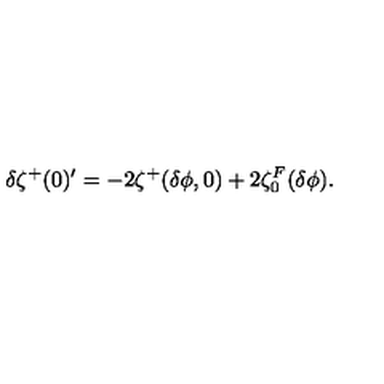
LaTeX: \delta \zeta ^ { + } ( 0 ) ^ { \prime } = - 2 \zeta ^ { + } ( \delta \phi , 0 ) + 2 \zeta _ { 0 } ^ { F } ( \delta \phi ) .